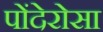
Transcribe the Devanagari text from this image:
पोंदेरोसा